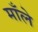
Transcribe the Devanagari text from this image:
माँले